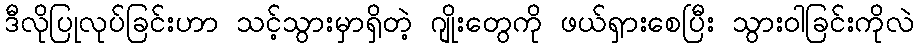
ဒီလိုပြုလုပ်ခြင်းဟာ သင့်သွားမှာရှိတဲ့ ဂျိုးတွေကို ဖယ်ရှားစေပြီး သွားဝါခြင်းကိုလဲ